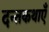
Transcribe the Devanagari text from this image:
दन्तकथाएँ